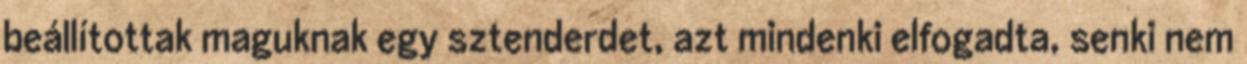
beállítottak maguknak egy sztenderdet, azt mindenki elfogadta, senki nem